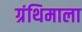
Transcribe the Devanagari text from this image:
ग्रंथिमाला